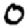
Digit: 0